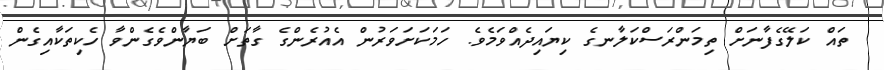
ތައް ކަލޭގެފާނަށް ތިމަންރަސްކަލާނގެ ކިޔައިދެއްވަމެވެ. ހަމަކަށަވަރުން އެއުރެންގެ ގާތަށް ބަޔާންވެގެންވާ ހެކިތަކާއިގެން